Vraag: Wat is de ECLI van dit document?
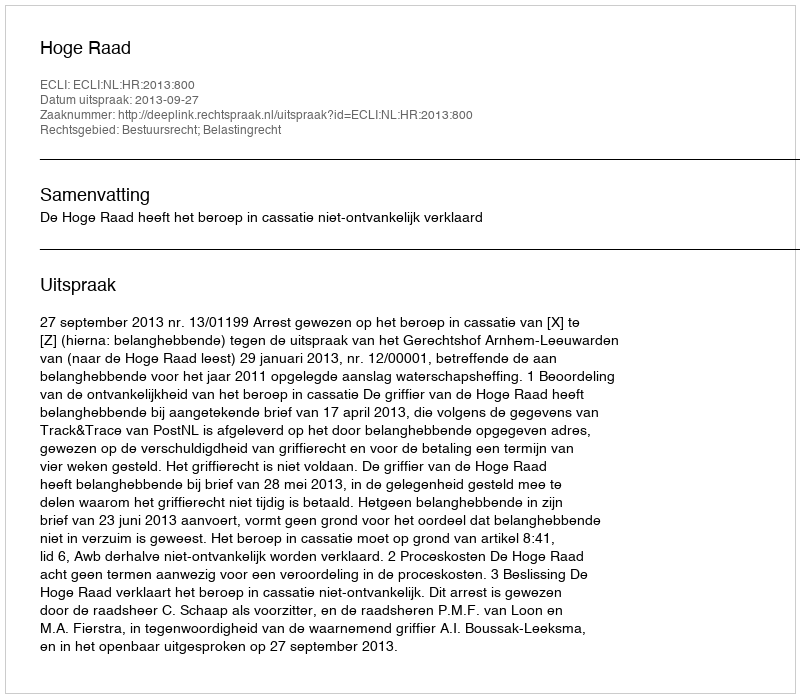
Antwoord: ECLI:NL:HR:2013:800